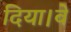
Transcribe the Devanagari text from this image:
दिया।वे